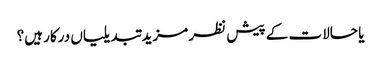
یا حالات کے پیش نظر مزید تبدیلیاں درکار ہیں؟